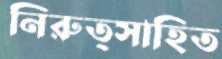
নিরুত্সাহিত